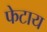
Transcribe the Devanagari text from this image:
फेटाय